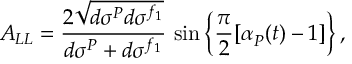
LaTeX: A _ { L L } = \frac { 2 \sqrt { d \sigma ^ { P } d \sigma ^ { f _ { 1 } } } } { d \sigma ^ { P } + d \sigma ^ { f _ { 1 } } } \, \sin \left\{ \frac { \pi } { 2 } [ \alpha _ { P } ^ { } ( t ) - 1 ] \right\} ,